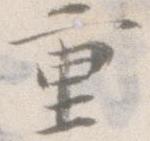
重